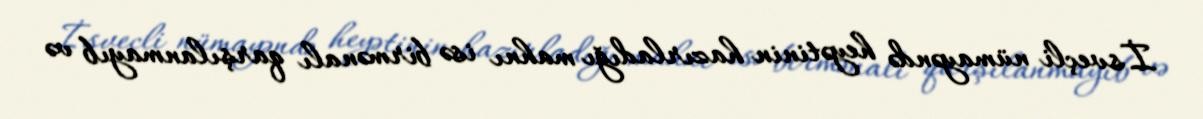
İsveçli nümayəndə heyətinin hazırladığı mahnı isə birmənalı qarşılanmayıb və